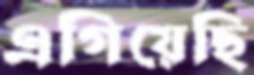
এগিয়েছি